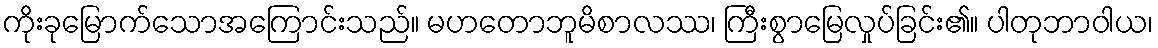
ကိုးခုမြောက်သောအကြောင်းသည်။ မဟတောဘူမိစာလဿ၊ ကြီးစွာမြေလှုပ်ခြင်း၏။ ပါတုဘာဝါယ၊